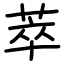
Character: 萃